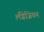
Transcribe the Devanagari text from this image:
लँग्रेजियन